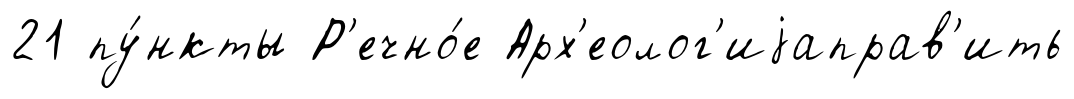
21 пу́нкты Р'ечно́е Арх'еолог'иjаправ'ить